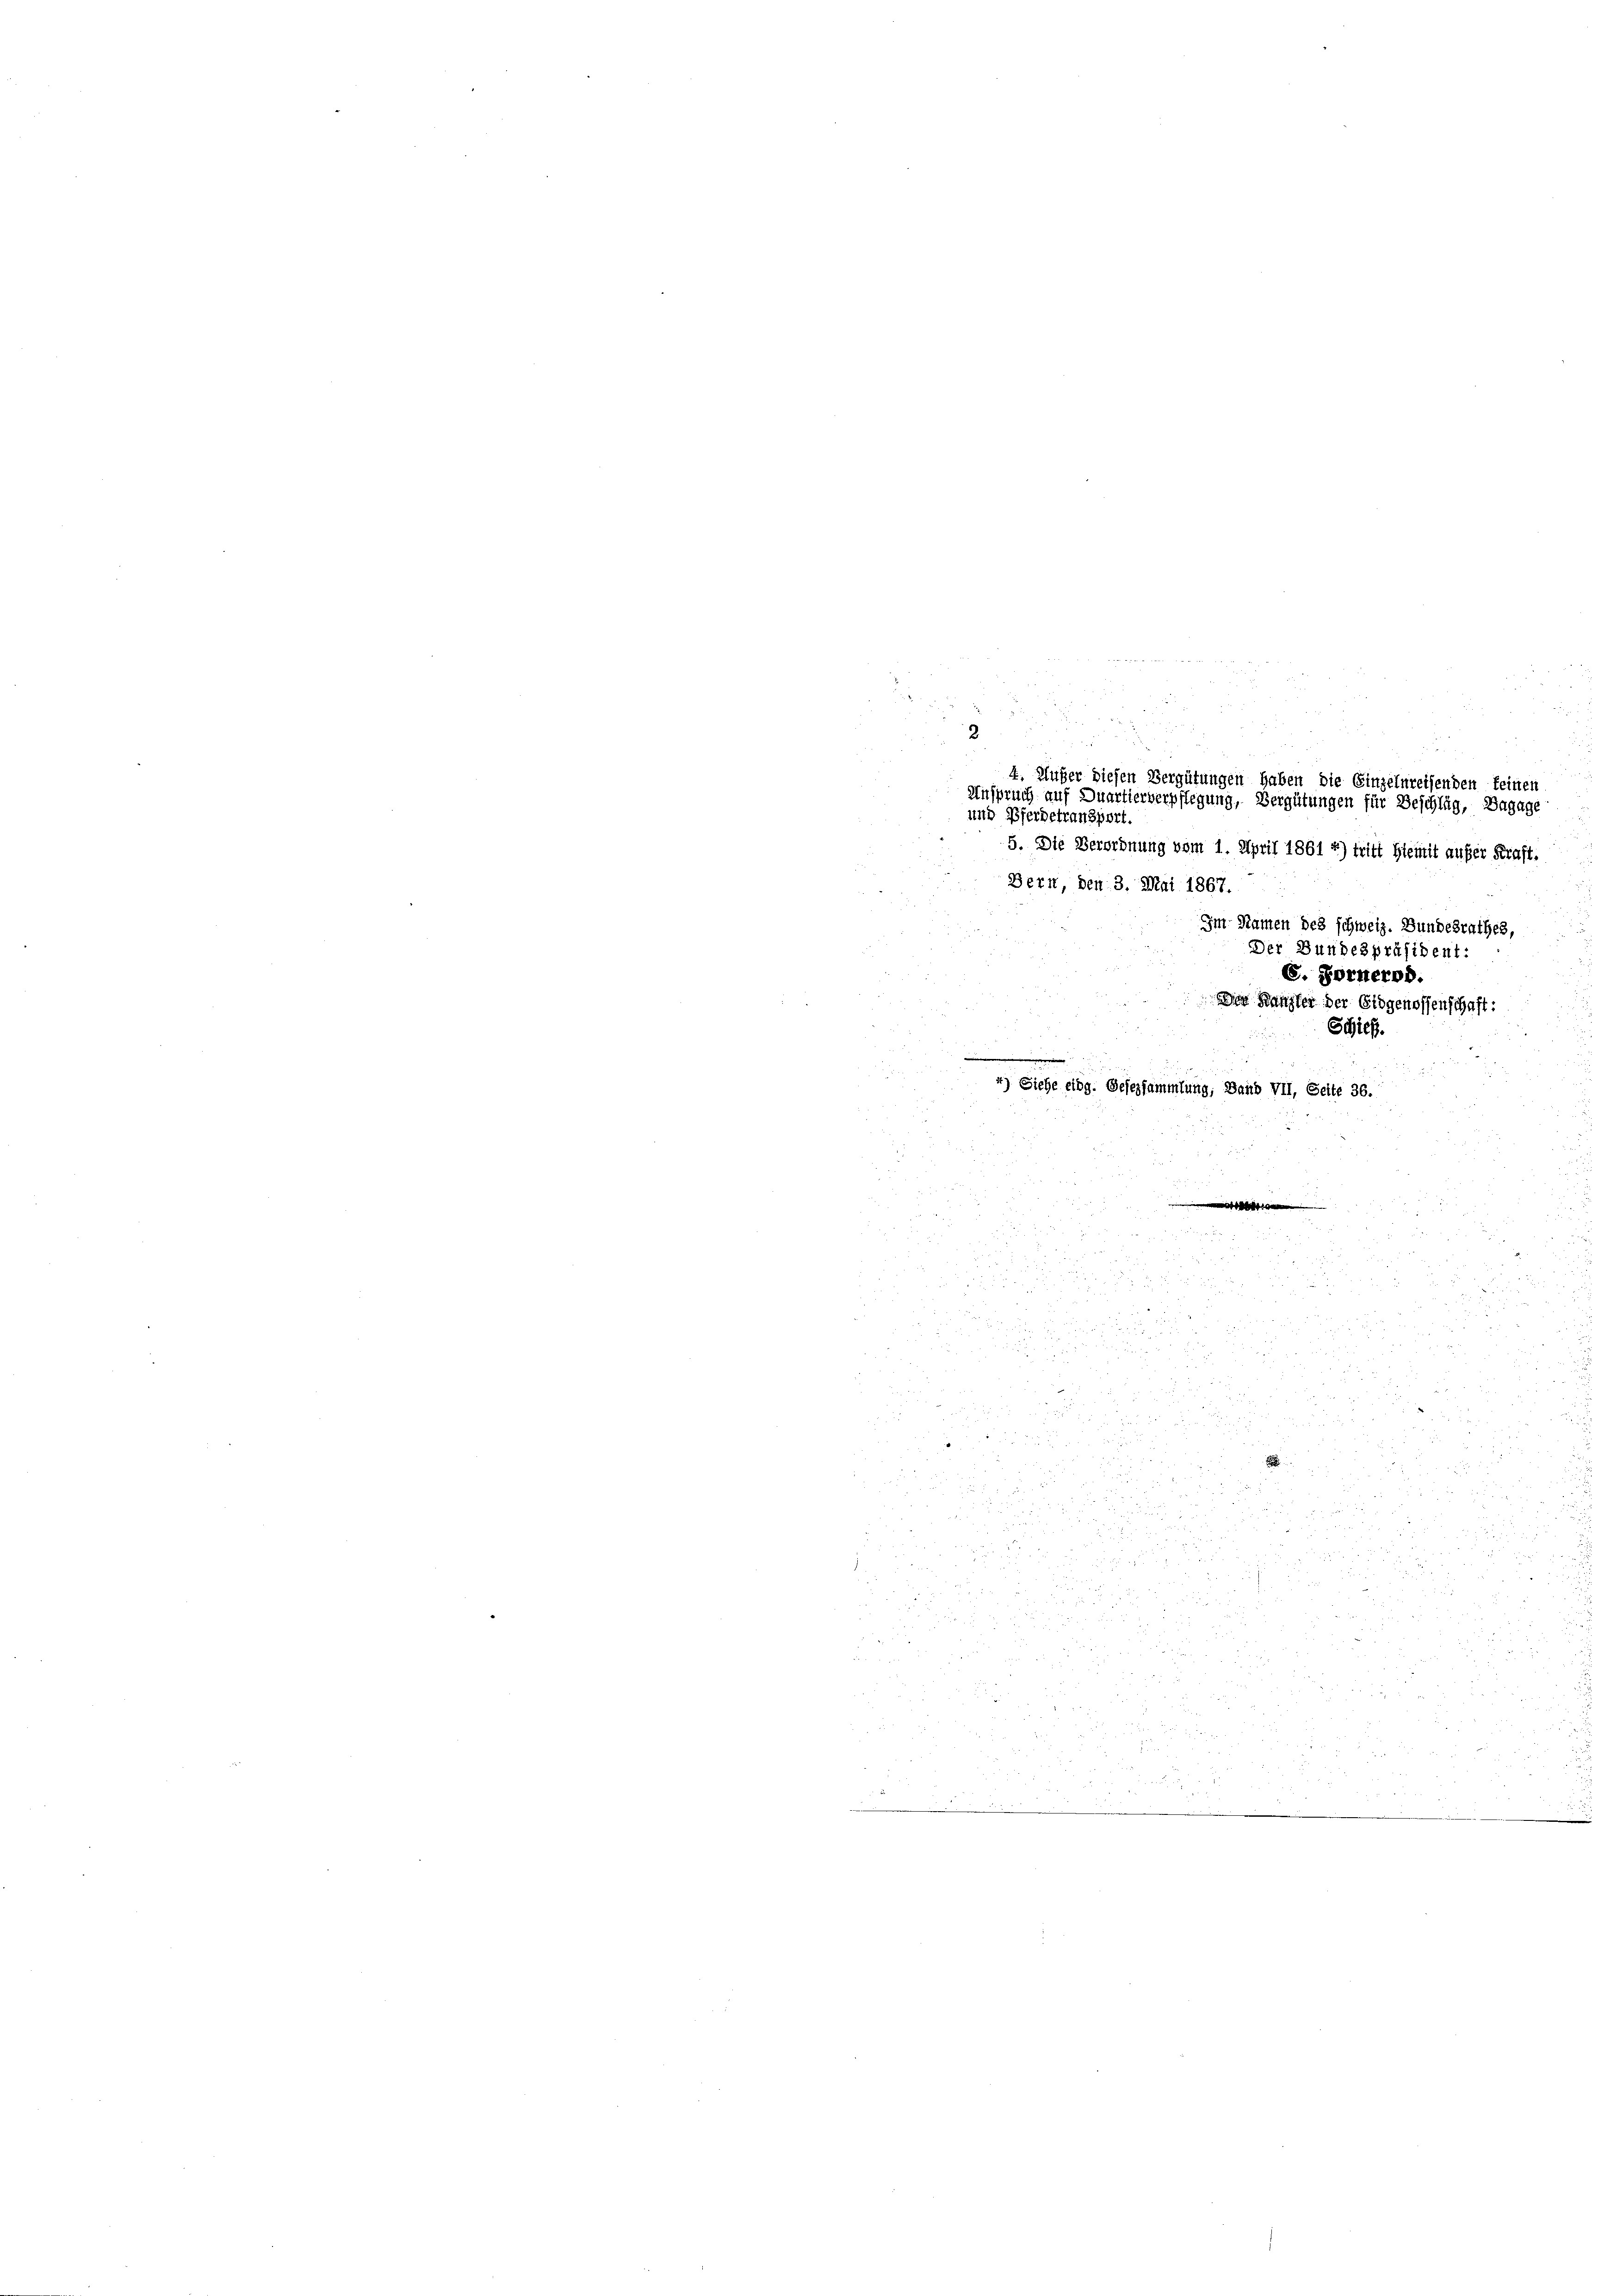
5. Die Verordnung vom 1. April 1861 f.) tritt hiemit aufer Kraft.
Bern, den 3. Mai 1867.
Im Namen des schweiz. Bundesrathes
Der Bundespräsident:
S. Fornerod.
.
Des Kanzler der Eidgenossenschaft:

i
Schieß.
.

4) Siehe eidg. Gesezsammlung, Band VII, Seite 36.
1

5
.
z
u
2
4. Außer diesen Vergütungen haben die Einzelnreisenden keinen
Anspruch auf Duartierverpflegung, Vergütungen für Beschlag, Bagage
und Pferdetransport.